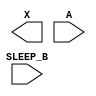
/**
 * Copyright 2020 The SkyWater PDK Authors
 *
 * Licensed under the Apache License, Version 2.0 (the "License");
 * you may not use this file except in compliance with the License.
 * You may obtain a copy of the License at
 *
 *     https://www.apache.org/licenses/LICENSE-2.0
 *
 * Unless required by applicable law or agreed to in writing, software
 * distributed under the License is distributed on an "AS IS" BASIS,
 * WITHOUT WARRANTIES OR CONDITIONS OF ANY KIND, either express or implied.
 * See the License for the specific language governing permissions and
 * limitations under the License.
 *
 * SPDX-License-Identifier: Apache-2.0
 */

`ifndef SKY130_FD_SC_HVL__LSBUFLV2HV_ISOSRCHVAON_BLACKBOX_V
`define SKY130_FD_SC_HVL__LSBUFLV2HV_ISOSRCHVAON_BLACKBOX_V

/**
 * lsbuflv2hv_isosrchvaon: Level shift buffer, low voltage to high
 *                         voltage, isolated well on input buffer,
 *                         inverting sleep mode input, zero power
 *                         sleep mode.
 *
 * Verilog stub definition (black box without power pins).
 *
 * WARNING: This file is autogenerated, do not modify directly!
 */

`timescale 1ns / 1ps
`default_nettype none

(* blackbox *)
module sky130_fd_sc_hvl__lsbuflv2hv_isosrchvaon (
    X      ,
    A      ,
    SLEEP_B
);

    output X      ;
    input  A      ;
    input  SLEEP_B;

    // Voltage supply signals
    supply1 VPWR ;
    supply0 VGND ;
    supply1 LVPWR;
    supply1 VPB  ;
    supply0 VNB  ;

endmodule

`default_nettype wire
`endif  // SKY130_FD_SC_HVL__LSBUFLV2HV_ISOSRCHVAON_BLACKBOX_V